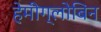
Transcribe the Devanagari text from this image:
हेमीग्लोबिन